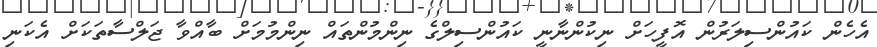
އެހެން ކައުންސިލަރުން އޮފީހަށް ނިކުންނާނީ ކައުންސިލްގެ ނިންމުންތައް ނިންމުމަށް ބާއްވާ ޖަލްސާތަކަށް އެކަނި